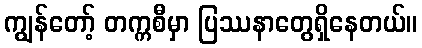
ကျွန်တော့် တက္ကစီမှာ ပြဿနာတွေရှိနေတယ်။